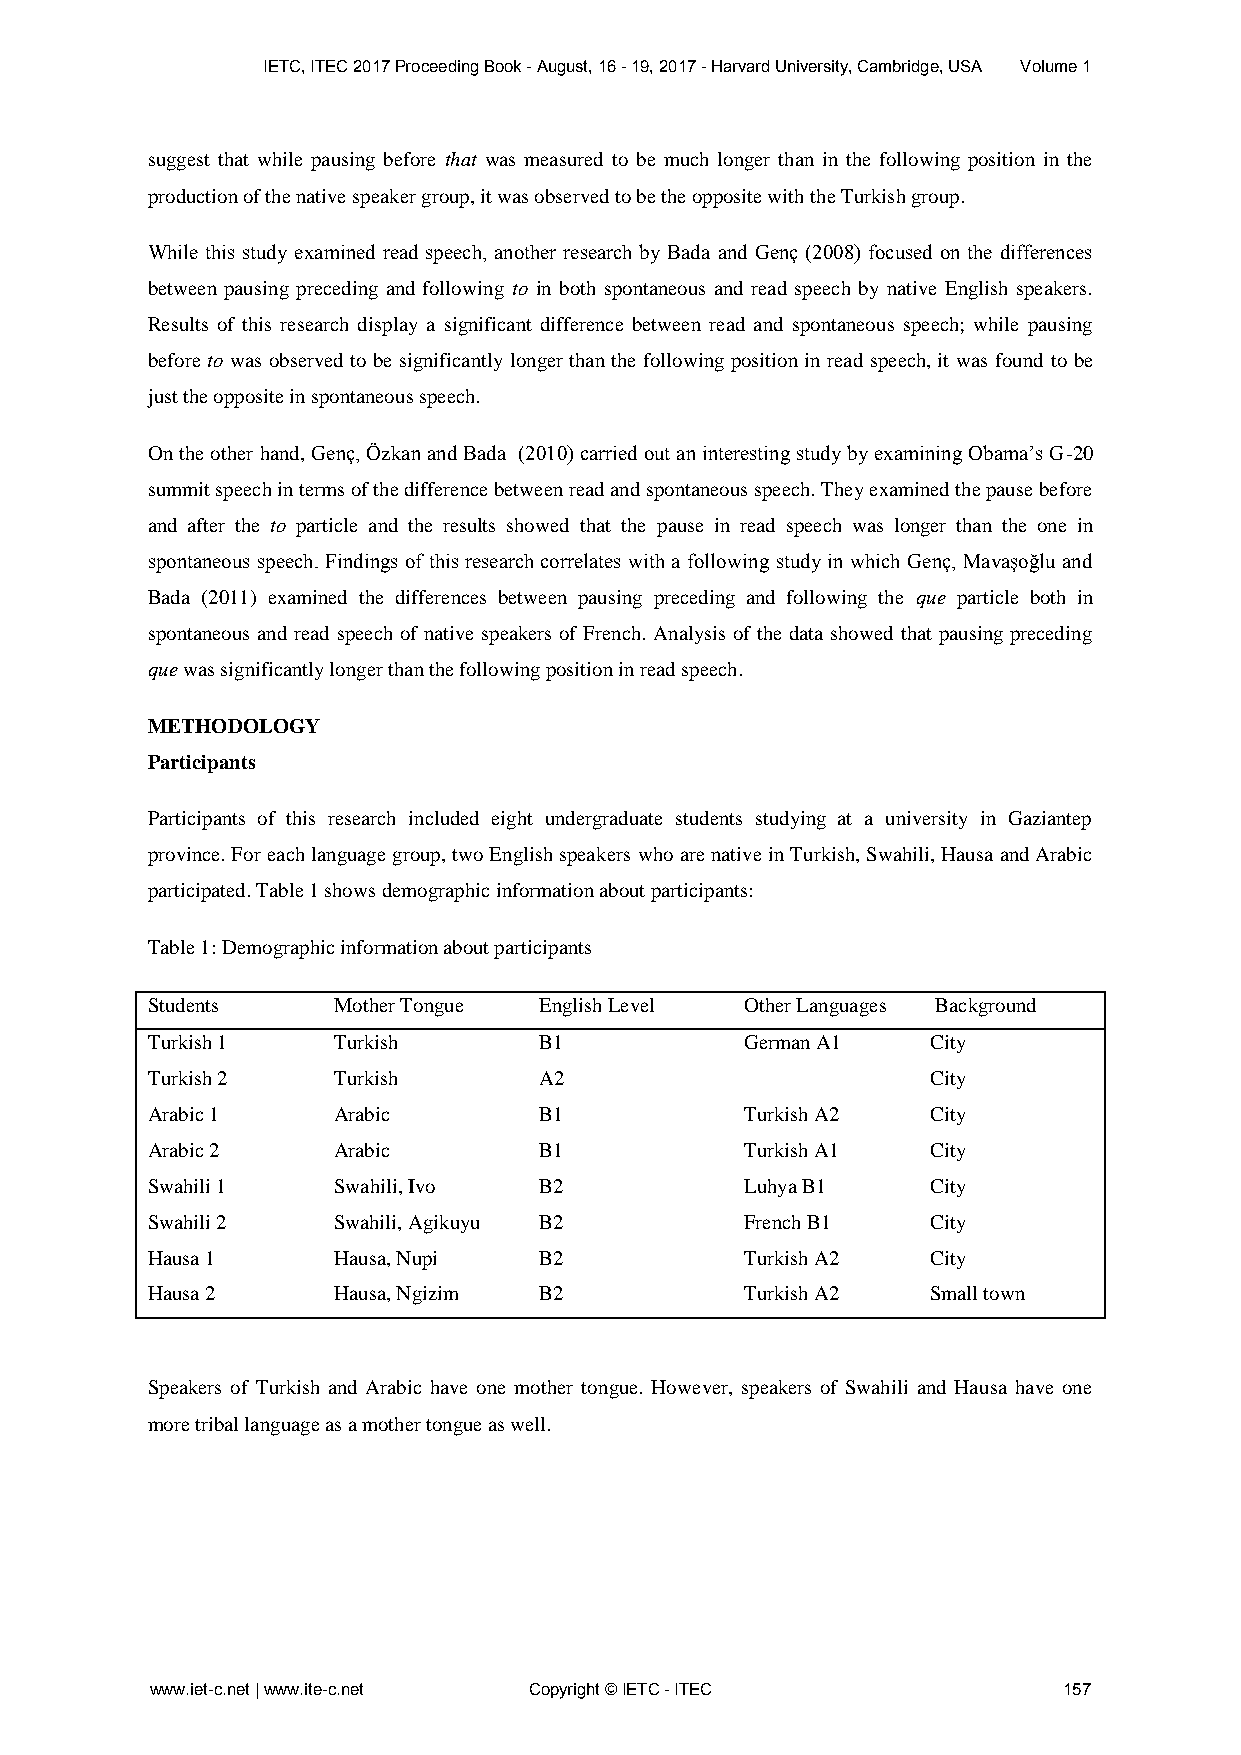
IETC, ITEC 2017 Proceeding Book - August, 16 - 19, 2017 - Harvard University, Cambridge, USA Volume 1
 suggest that while pausing before that was measured to be much longer than in the following position in the
 production of the native speaker group, it was observed to be the opposite with the Turkish group.
 While this study examined read speech, another research by Bada and Genç (2008) focused on the differences
 between pausing preceding and following to in both spontaneous and read speech by native English speakers.
 Results of this research display a significant difference between read and spontaneous speech; while pausing
 before to was observed to be significantly longer than the following position in read speech, it was found to be
 just the opposite in spontaneous speech.
 On the other hand, Genç, Özkan and Bada (2010) carried out an interesting study by examining Obama’s G-20
 summit speech in terms of the difference between read and spontaneous speech. They examined the pause before
 and after the to particle and the results showed that the pause in read speech was longer than the one in
 spontaneous speech. Findings of this research correlates with a following study in which Genç, Mavaşoğlu and
 Bada (2011) examined the differences between pausing preceding and following the que particle both in
 spontaneous and read speech of native speakers of French. Analysis of the data showed that pausing preceding
 que was significantly longer than the following position in read speech.
 METHODOLOGY
 Participants
 Participants of this research included eight undergraduate students studying at a university in Gaziantep
 province. For each language group, two English speakers who are native in Turkish, Swahili, Hausa and Arabic
 participated. Table 1 shows demographic information about participants:
 Table 1: Demographic information about participants
 Students    Mother Tongue English Level Other Languages Background
 Turkish 1   Turkish       B1           German A1    City
 Turkish 2   Turkish       A2                        City
 Arabic 1    Arabic        B1           Turkish A2   City
 Arabic 2    Arabic        B1           Turkish A1   City
 Swahili 1   Swahili, Ivo  B2           Luhya B1     City
 Swahili 2   Swahili, Agikuyu B2        French B1    City
 Hausa 1     Hausa, Nupi   B2           Turkish A2   City
 Hausa 2     Hausa, Ngizim B2           Turkish A2   Small town
 Speakers of Turkish and Arabic have one mother tongue. However, speakers of Swahili and Hausa have one
 more tribal language as a mother tongue as well.
 www.iet-c.net | www.ite-c.net Copyright © IETC - ITEC       157